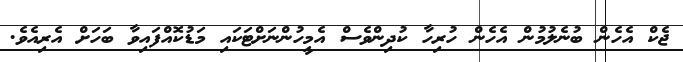
ޖެކް އެހެން ބުނެލުމުން އެހެން ހުރިހާ ކުދިންވެސް އެމީހުންނަށްޓަކައި މަޑުކޮއްފައިވާ ބަހަށް އެރިއެވެ.